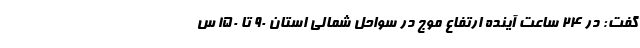
گفت: در ۲۴ ساعت آینده ارتفاع موج در سواحل شمالی استان ۹۰ تا ۱۵۰ س